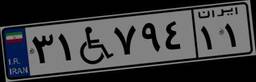
۳۱W۷۹۴۱۱